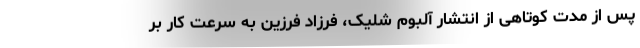
پس از مدت کوتاهی از انتشار آلبوم شلیک، فرزاد فرزین به سرعت کار بر